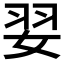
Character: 𮱂